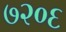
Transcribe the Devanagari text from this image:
७२०६